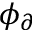
\phi _ { \partial }